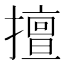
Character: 擅